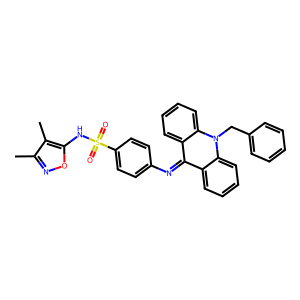
SMILES: Cc1noc(NS(=O)(=O)c2ccc(N=c3c4ccccc4n(Cc4ccccc4)c4ccccc34)cc2)c1C
Inhibits HIV replication: No